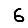
Digit: 6